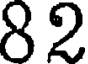
82